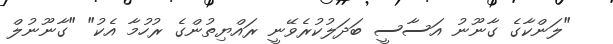
"ލަންކާގެ ގާނޫނު އަސާސީ ބަދަލުކުރެވޭނީ ރައްޔިތުންގެ ރުހުމާ އެކު" "ގާނޫނުލް